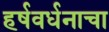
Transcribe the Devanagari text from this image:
हर्षवर्धनाचा